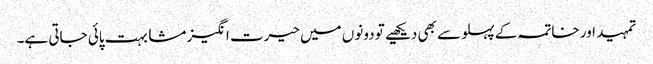
تمہید اور خاتمہ کے پہلو سے بھی دیکھیے تو دونوں میں حیرت انگیز مشابہت پائی جاتی ہے۔